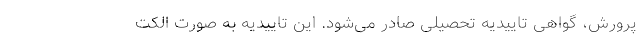
پرورش، گواهی تاییدیه تحصیلی صادر می‌شود. این تاییدیه به صورت الکت